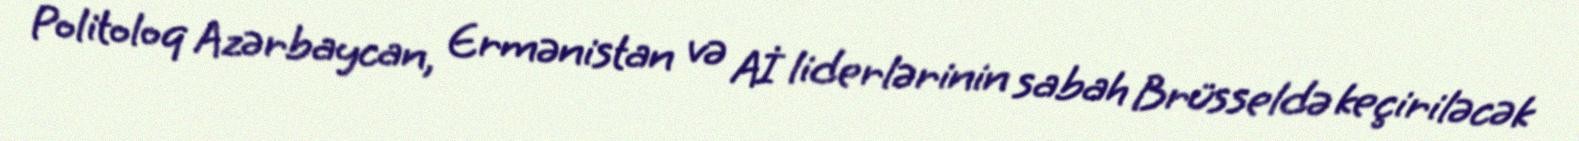
Politoloq Azərbaycan, Ermənistan və Aİ liderlərinin sabah Brüsseldə keçiriləcək